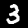
Label: 3